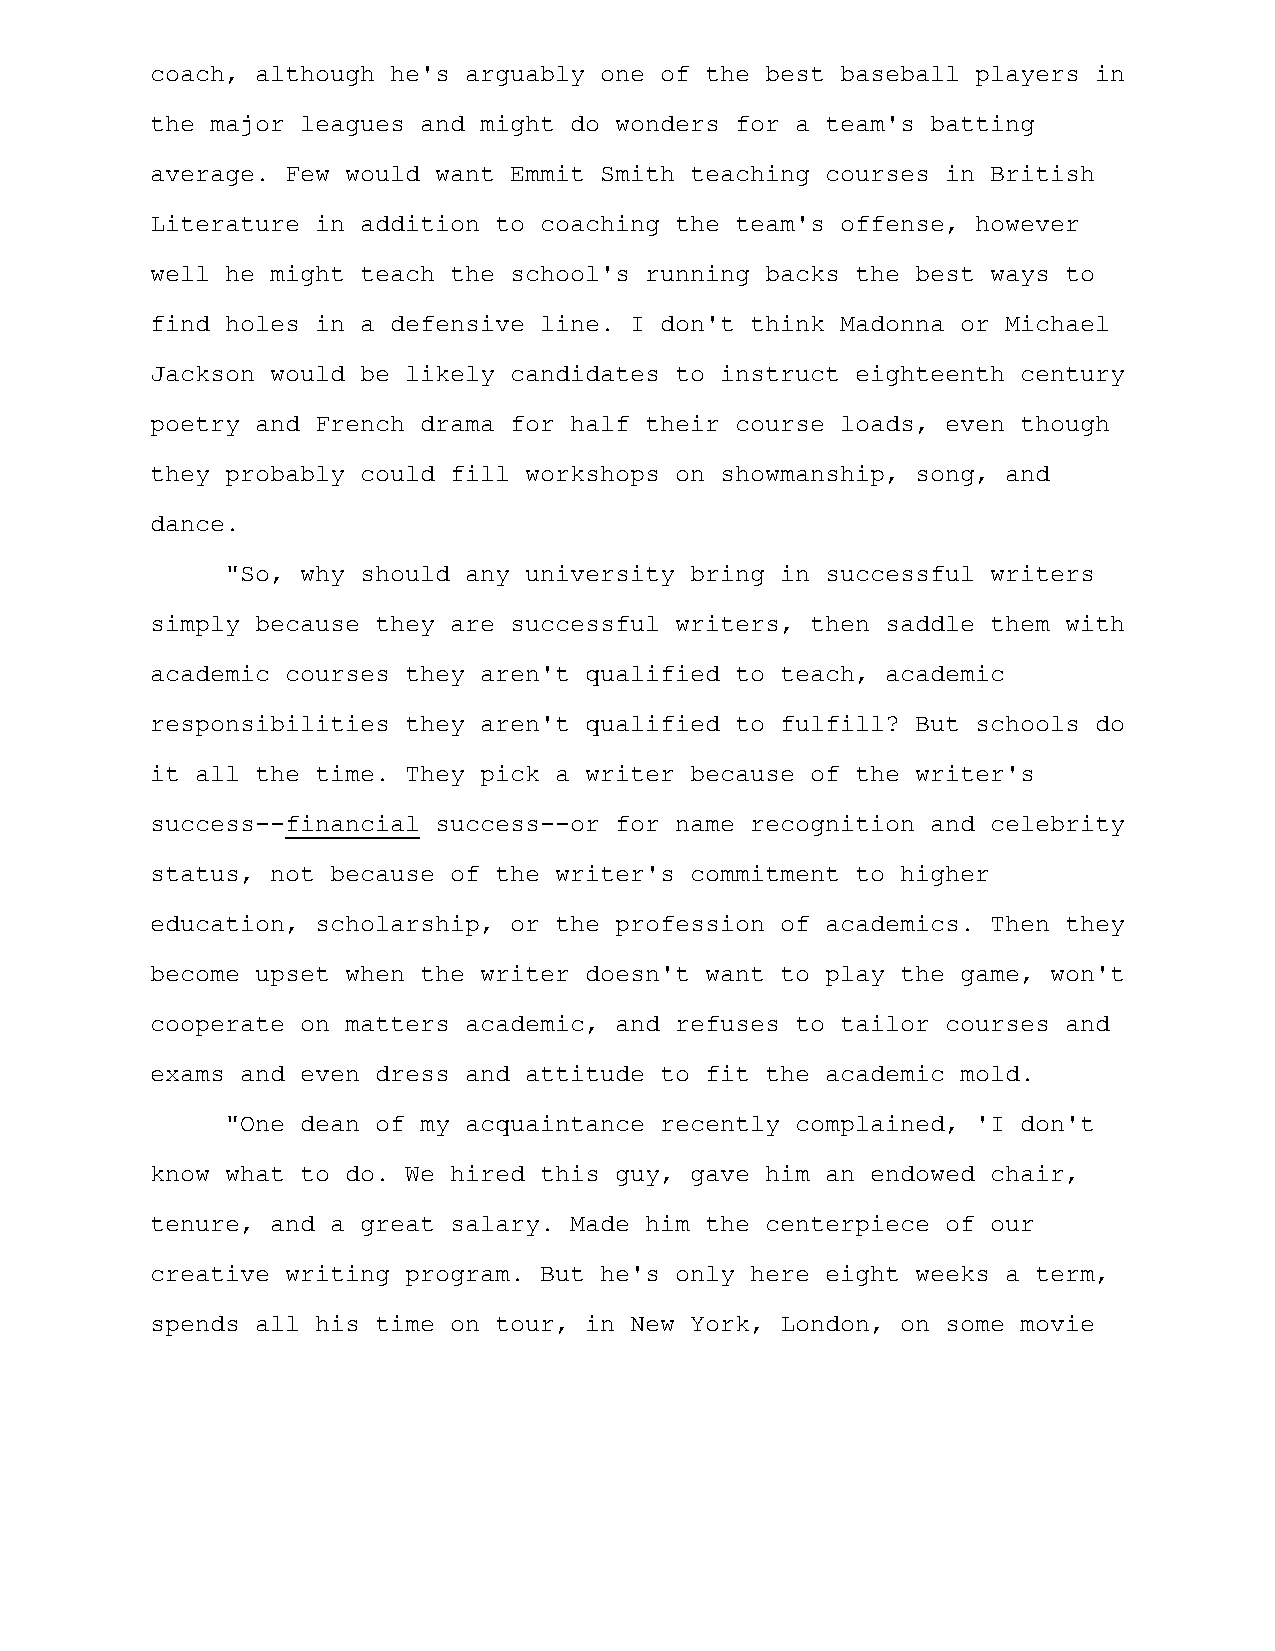
coach, although he's arguably one of the best baseball players in
 the major leagues and might do wonders for a team's batting
 average. Few would want Emmit Smith teaching courses in British
 Literature in addition to coaching the team's offense, however
 well he might teach the school's running backs the best ways to
 find holes in a defensive line. I don't think Madonna or Michael
 Jackson would be likely candidates to instruct eighteenth century
 poetry and French drama for half their course loads, even though
 they probably could fill workshops on showmanship, song, and
 dance.
 "So, why should any university bring in successful writers
 simply because they are successful writers, then saddle them with
 academic courses they aren't qualified to teach, academic
 responsibilities they aren't qualified to fulfill? But schools do
 it all the time. They pick a writer because of the writer's
 success--financial success--or for name recognition and celebrity
 status, not because of the writer's commitment to higher
 education, scholarship, or the profession of academics. Then they
 become upset when the writer doesn't want to play the game, won't
 cooperate on matters academic, and refuses to tailor courses and
 exams and even dress and attitude to fit the academic mold.
 "One dean of my acquaintance recently complained, 'I don't
 know what to do. We hired this guy, gave him an endowed chair,
 tenure, and a great salary. Made him the centerpiece of our
 creative writing program. But he's only here eight weeks a term,
 spends all his time on tour, in New York, London, on some movie